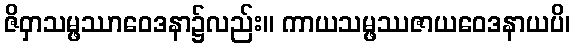
ဇိဝှာသမ္ဖဿာဝေဒနာ၌လည်း။ ကာယသမ္ဖဿဇာယဝေဒနာယပိ၊